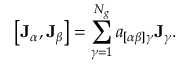
\bigl [ \mathbf { J } _ { \alpha } , \mathbf { J } _ { \beta } \bigr ] = \sum _ { \gamma = 1 } ^ { N _ { g } } a _ { [ \alpha \beta ] \gamma } \mathbf { J } _ { \gamma } .